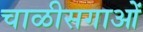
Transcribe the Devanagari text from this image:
चाळीसगाओं